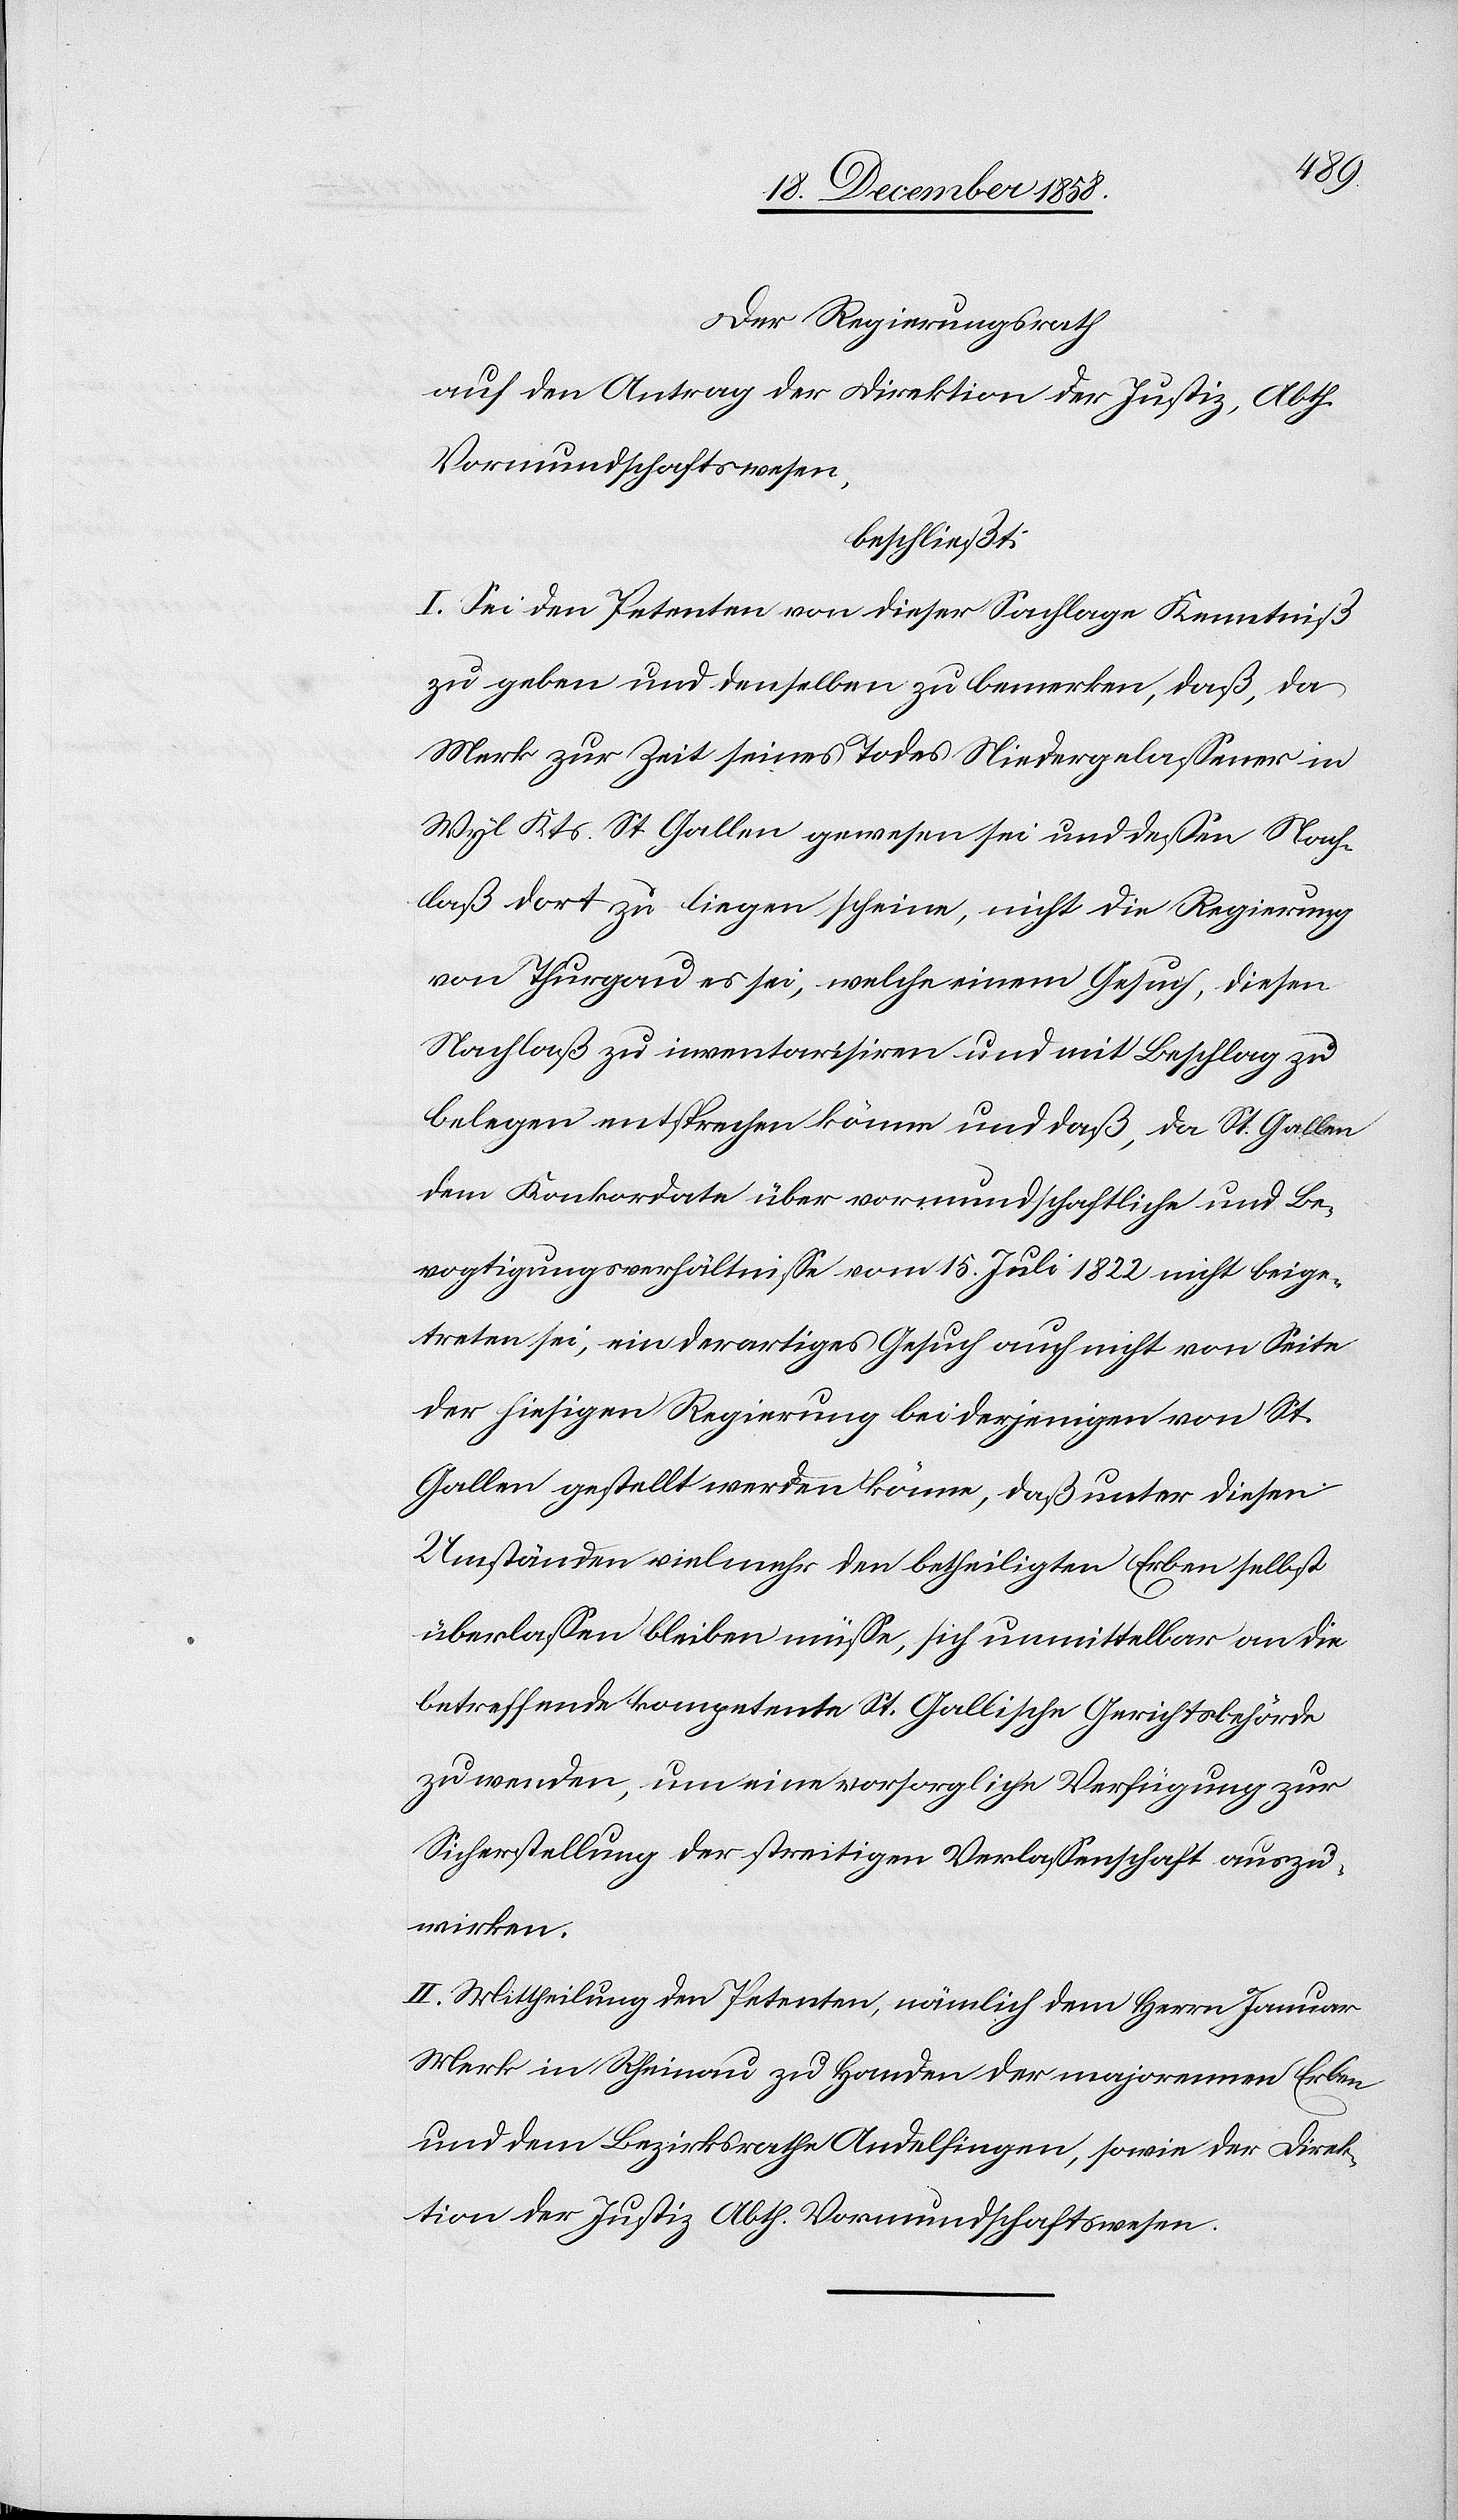
Der Regierungsrath
auf den Antrag der Direktion der Justiz, Abth.
Vormundschaftswesen,
beschließt:
I. Sei den Petenten von dieser Sachlage Kenntniß
zu geben und denselben zu bemerken, daß, da
Merk zur Zeit seines Todes Niedergelassener in
Wyl Kts. St. Gallen gewesen sei und dessen Nach¬
laß dort zu liegen scheine, nicht die Regierung
von Thurgau es sei, welche einem Gesuch, diesen
Nachlaß zu inventarisiren und mit Beschlag zu
belegen entsprechen könne und daß, da St. Gallen
dem Konkordate über vormundschaftliche und Be¬
vogtigungsverhältnisse vom 15. Juli 1822 nicht beige¬
treten sei, ein derartiges Gesuch auch nicht von Seite
der hiesigen Regierung bei derjenigen von St.
Gallen gestellt werden könne, daß unter diesen
Umständen vielmehr den betheiligten Erben selbst
überlassen bleiben müsse, sich unmittelbar an die
betreffende kompetente St. Gallische Gerichtsbehörde
zu wenden, um eine vorsorgliche Verfügung zur
Sicherstellung der streitigen Verlassenschaft auszu¬
wirken.
II. Mittheilung den Petenten, nämlich dem Herrn Januar
Merk in Rheinau zu Handen der majorennen Erben
und dem Bezirksrathe Andelfingen, sowie der Direk¬
tion der Justiz Abth. Vormundschaftswesen.